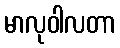
မာလုဝါလတာ